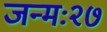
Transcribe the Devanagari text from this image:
जन्मः२७